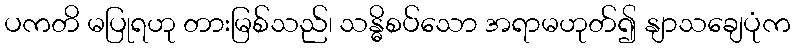
ပကတိ မပြုရဟု တားမြစ်သည်၊ သန္ဓိစပ်သော အရာမဟုတ်၍ နျာသချေပုံက